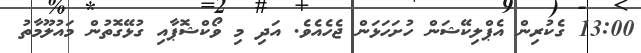
13:00 ގެކުރިން އެޕްލިކޭޝަން ހުށަހަޅަން ޖެހެއެވެ. އަދި މި ވޯކްޝޮޕާއި ގުޅޭގޮތުން މައުލޫމާތު